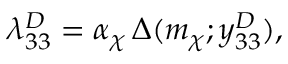
\lambda _ { 3 3 } ^ { D } = \alpha _ { \chi } \, \Delta ( m _ { \chi } ; y _ { 3 3 } ^ { D } ) ,